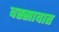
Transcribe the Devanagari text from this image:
वस्सावात